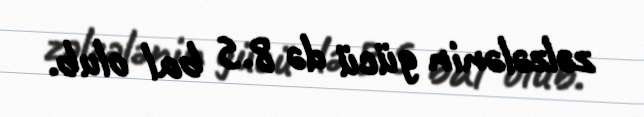
zəlzələnin gücü də 8.5 bal olub.